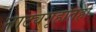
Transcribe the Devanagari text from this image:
नाट्यगृहांतही